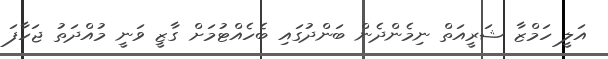
އަލީ ހަމްޒާ ޝަރީއަތް ނިމެންދެން ބަންދުގައި ބެހެއްޓުމަށް ގާޒީ ވަނީ މުއްދަތު ޖަހާފަ